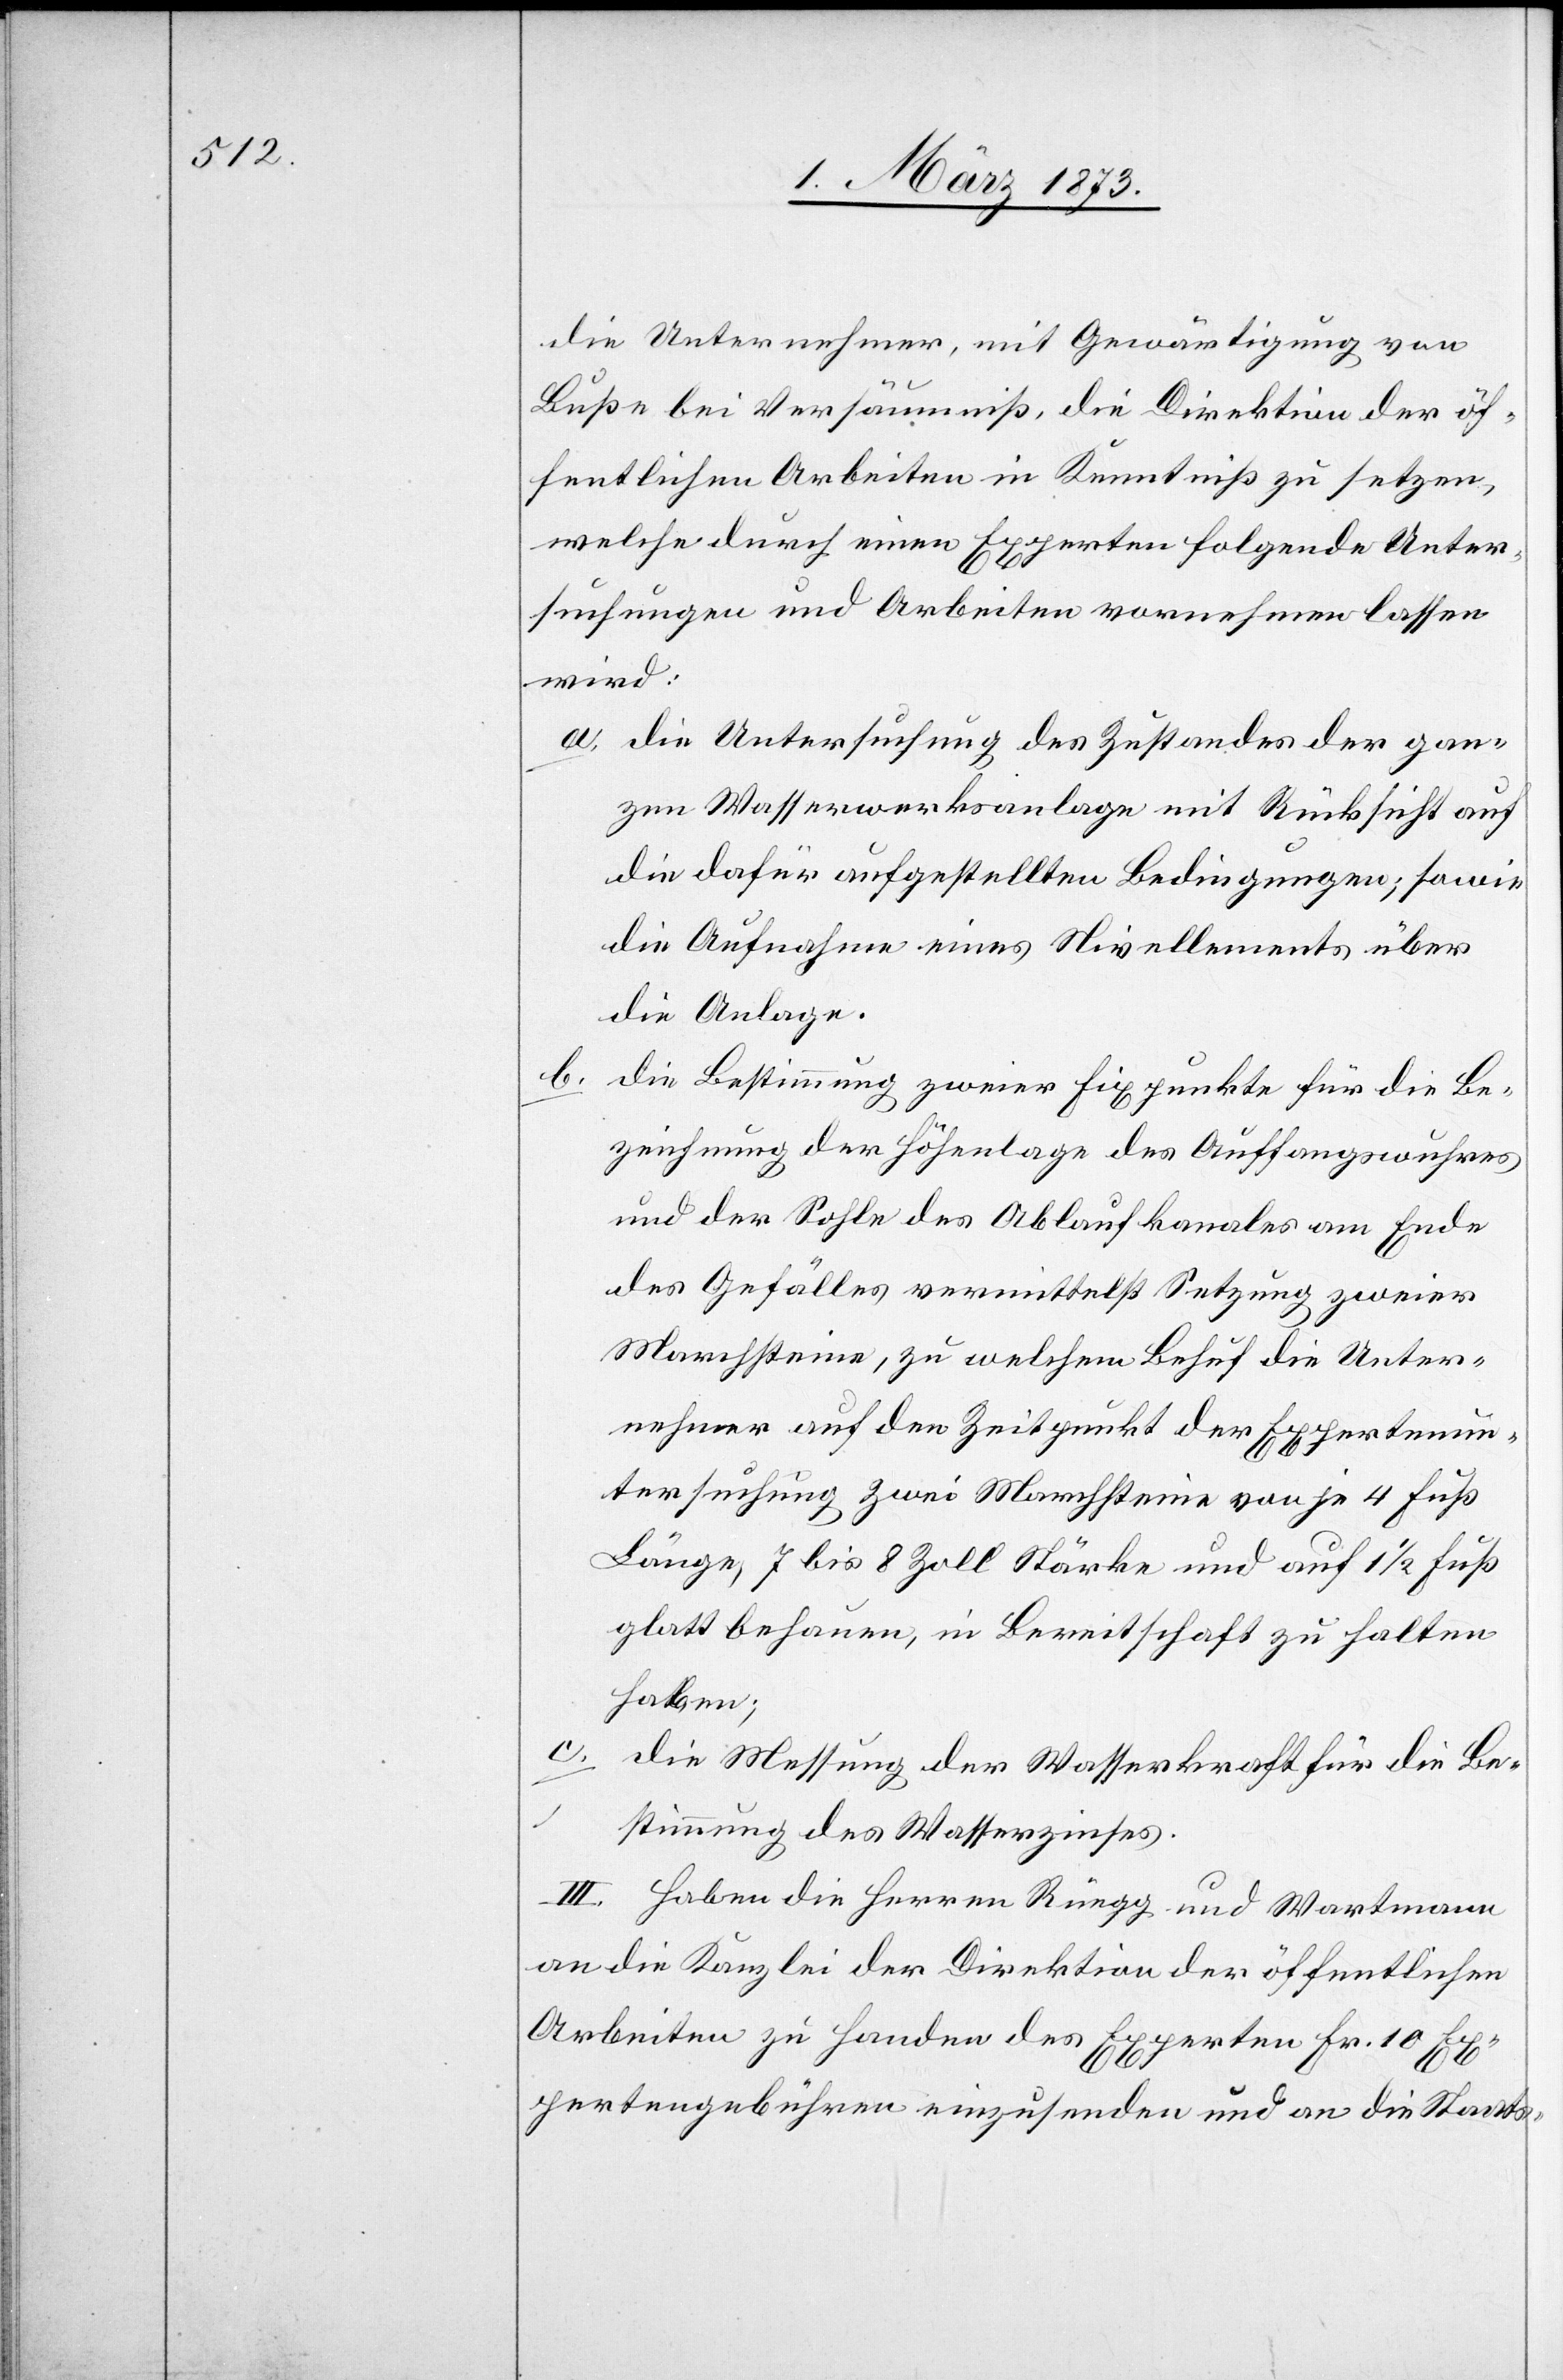
die Unternehmer, mit Gewärtigung von
Buße bei Versäumniß, die Direktion der öf¬
fentlichen Arbeiten in Kenntniß zu setzen,
welche durch einen Experten folgende Unter¬
suchungen und Arbeiten vornehmen lassen
wird:
a. die Untersuchung des Zustandes der gan¬
zen Wasserwerksanlage mit Rücksicht auf
die dafür aufgestellten Bedingungen; sowie
die Aufnahme eines Nivellements über
die Anlage.
b. die Bestimmung zweier Fixpunkte für die Be¬
zeichnung der Höhenlage des Auffangswuhres
und der Sohle des Ablaufkanales am Ende
des Gefälles vermittelst Setzung zweier
Marchsteine, zu welchem Behuf die Unter¬
nehmer auf den Zeitpunkt der Expertenun¬
tersuchung zwei Marchsteine von je 4 Fuß
Länge, 7 bis 8 Zoll Stärke und auf 1 1/2 Fuß
glatt behauen, in Bereitschaft zu halten
haben;
c.
die Messung der Wasserkraft für die Be¬
stimmung des Wasserzinses.
III. Haben die Herren Rüegg und Wartmann
an die Kanzlei der Direktion der öffentlichen
Arbeiten zu Handen des Experten Fr. 10 Ex¬
pertengebühren einzusenden und an die Staats-